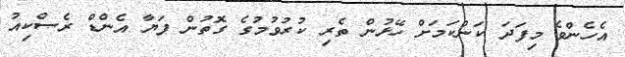
އެހެންވެ މިފަދަ ކަންކަމަށް ހޭޅުން ތެރި ކުރުވުމުގެ ގޮތުން ފަޔާ އެންޑް ރެސްކިއު